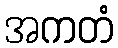
အကတံ